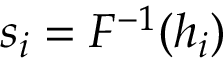
s _ { i } = F ^ { - 1 } ( h _ { i } )